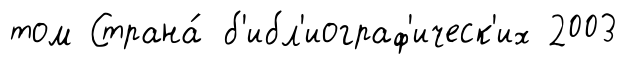
том Страна́ б'ибл'иограф'ическ'их 2003